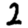
Digit: 2